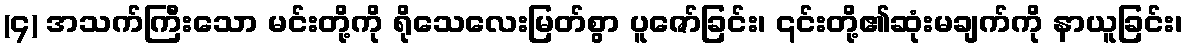
(၄) အသက်ကြီးသော မင်းတို့ကို ရိုသေလေးမြတ်စွာ ပူဇော်ခြင်း၊ ၎င်းတို့၏ဆုံးမချက်ကို နာယူခြင်း၊